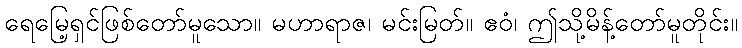
ရေမြေ့ရှင်ဖြစ်တော်မူသော။ မဟာရာဇ၊ မင်းမြတ်။ ဧဝံ၊ ဤသို့မိန့်တော်မူတိုင်း။